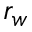
r _ { w }